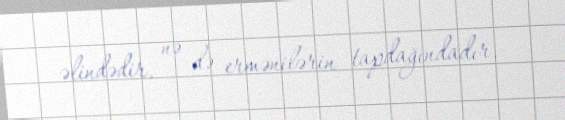
əlindədir, nə də ermənilərin tapdağındadır.